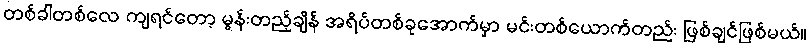
တစ်ခါတစ်လေ ကျရင်တော့ မွန်းတည့်ချိန် အရိပ်တစ်ခုအောက်မှာ မင်းတစ်ယောက်တည်း ဖြစ်ချင်ဖြစ်မယ်။